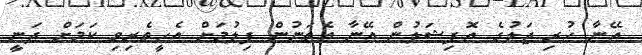
އޭނާ ހުރި ޖަލުގެ އޮފިޝަލުން އޭނާ އެތަނުން ފިލުމަށް އެހީތެރިވި ކަމަށް ދަނީ